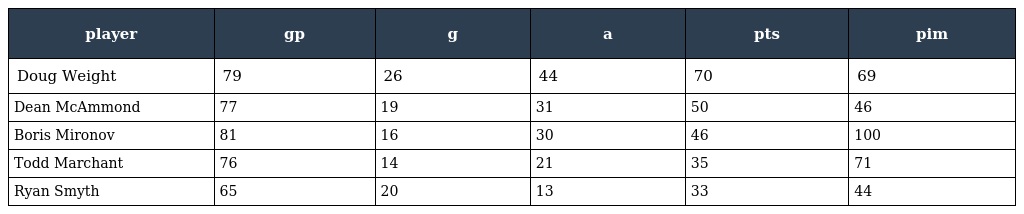
| player | gp | g | a | pts | pim |
 | --- | --- | --- | --- | --- | --- |
 | Doug Weight | 79 | 26 | 44 | 70 | 69 |
 | Dean McAmmond | 77 | 19 | 31 | 50 | 46 |
 | Boris Mironov | 81 | 16 | 30 | 46 | 100 |
 | Todd Marchant | 76 | 14 | 21 | 35 | 71 |
 | Ryan Smyth | 65 | 20 | 13 | 33 | 44 |